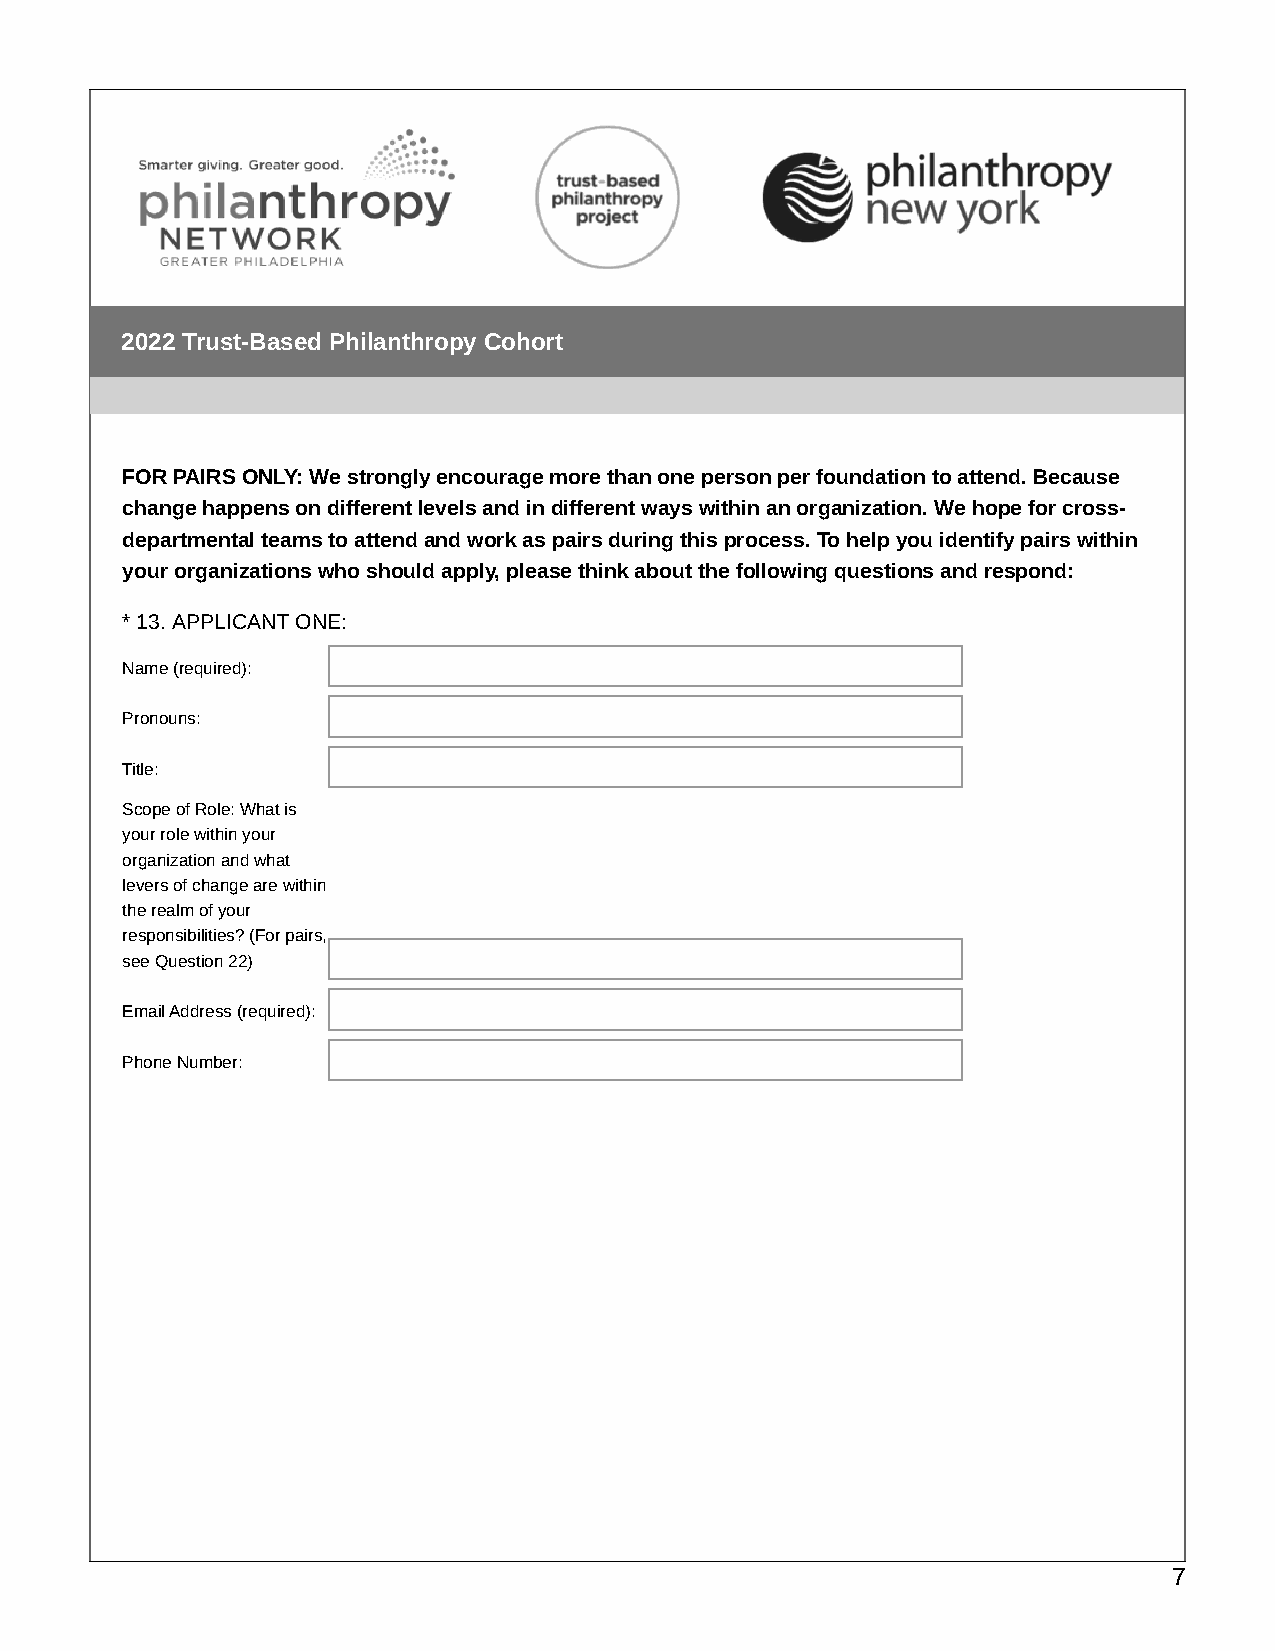
2022 Trust-Based Philanthropy Cohort
 FOR PAIRS ONLY: We strongly encourage more than one person per foundation to attend. Because
 change happens on different levels and in different ways within an organization. We hope for cross-
 departmental teams to attend and work as pairs during this process. To help you identify pairs within
 your organizations who should apply, please think about the following questions and respond:
 * 13. APPLICANT ONE:
 Name (required):
 Pronouns:
 Title:
 Scope of Role: What is
 your role within your
 organization and what
 levers of change are within
 the realm of your
 responsibilities? (For pairs,
 see Question 22)
 Email Address (required):
 Phone Number:
 7